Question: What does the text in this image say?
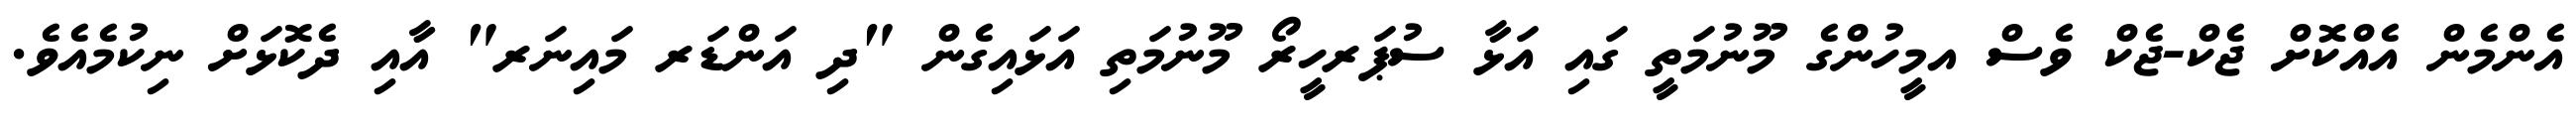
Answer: އެންމެން އެއްކޮށް ޖެކް-ޖެކް ވެސް އމީހުންގެ މޫނުމަތީ ގައި އަޅާ ސުޕަރހީރޯ މޫނުމަތި އަޅައިގެން "ދި އަންޑަރ މައިނަރ" އާއި ދެކޮޅަށް ނިކުމެއެވެ.